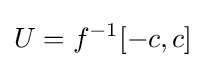
U=f^{-1}[-c,c]